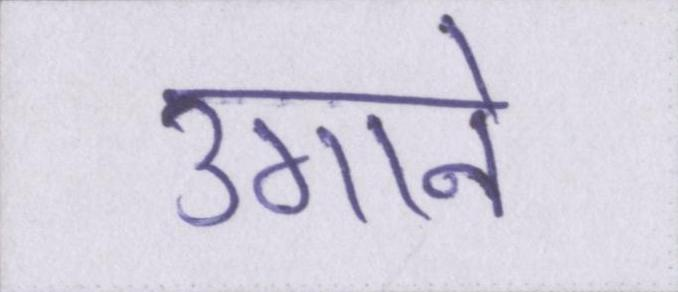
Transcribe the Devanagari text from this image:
उगाने